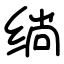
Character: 绱